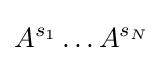
A^{s_{1}}\ldots A^{s_{N}}